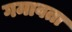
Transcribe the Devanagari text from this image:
गमावता